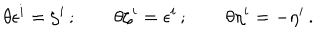
\theta \epsilon ^ { i } = \zeta ^ { i } \, ; \qquad \theta \zeta ^ { i } = \epsilon ^ { i } \, ; \qquad \theta \eta ^ { i } = - \eta ^ { i } \, .